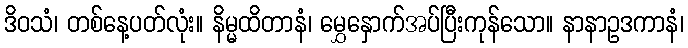
ဒိဝသံ၊ တစ်နေ့ပတ်လုံး။ နိမ္မထိတာနံ၊ မွှေနှောက်အပ်ပြီးကုန်သော။ နာနာဥဒကာနံ၊